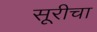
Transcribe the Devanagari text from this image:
सूरीचा